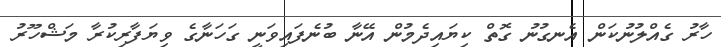
ހާރު ގެއްލުނުކަން އެނގުނު ގޮތް ކިޔައިދެމުން އޭނާ ބުނެފައިވަނީ ގަހަނާގެ ވިޔަފާރިކުރާ މަޝްހޫރު